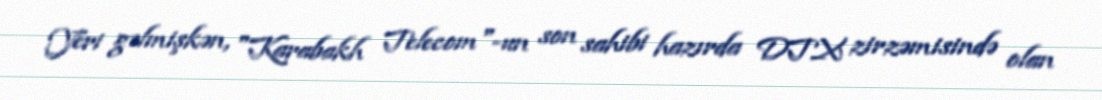
Yeri gəlmişkən, "Karabakh Telecom"-un son sahibi hazırda DTX zirzəmisində olan